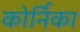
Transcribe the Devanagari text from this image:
कोर्निका